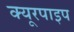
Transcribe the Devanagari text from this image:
क्‍यूरपाइप